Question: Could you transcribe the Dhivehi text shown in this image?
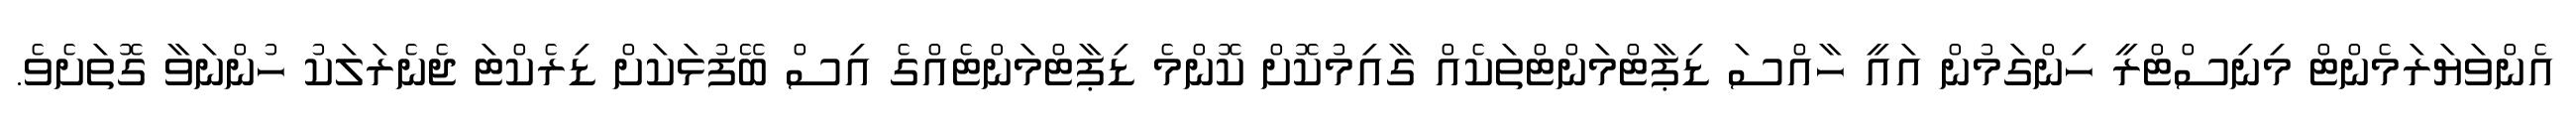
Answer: އެންވަޔަރަމެންޓް މިނިސްޓްރީ ހިންގަމުން އައީ ހާއްސަ ޑިޕާޓްމަންޓްތަކެއް ގާއިމުކޮށް ކޮންމެ ޑިޕާޓްމަންޓެއްގެ އިސް ބޭފުޅަކަށް ޑިރެކްޓަ ޖެނެރަލަކު ހުންނަވާ ގޮތަށެވެ.